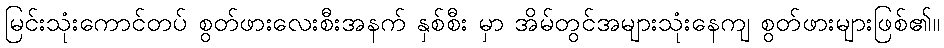
မြင်းသုံးကောင်တပ် စွတ်ဖားလေးစီးအနက် နှစ်စီး မှာ အိမ်တွင်အများသုံးနေကျ စွတ်ဖားများဖြစ်၏။